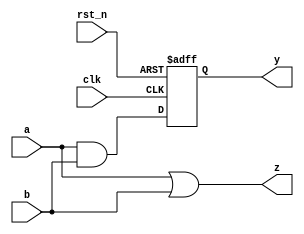
module cpld_design (
    input  wire clk,           // Clock input
    input  wire rst_n,         // Active low reset
    input  wire [3:0] a,       // 4-bit input
    input  wire [3:0] b,       // 4-bit input
    output wire [3:0] y,       // 4-bit output
    output wire [3:0] z        // Another 4-bit output (for demonstration)
);

// Internal signals
wire [3:0] lut_output;        // Output from the LUTs
reg  [3:0] logic_block_output; // Output from the logic block

// Logic Block 1: 4-bit AND operation
assign lut_output = a & b;

// Logic Block 2: 4-bit OR operation with flip-flop
always @(posedge clk or negedge rst_n) begin
    if (!rst_n)
        logic_block_output <= 4'b0000; // Reset logic block output
    else
        logic_block_output <= lut_output; // Capture AND output
end

// Output assignments
assign y = logic_block_output; // Output from Logic Block 1
assign z = a | b;               // Directly output OR of inputs for demonstration

endmodule